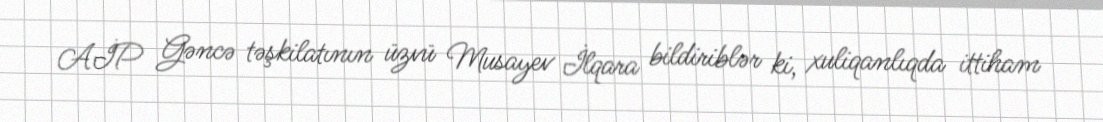
AİP Gəncə təşkilatının üzvü Musayev İlqara bildiriblər ki, xuliqanlıqda ittiham